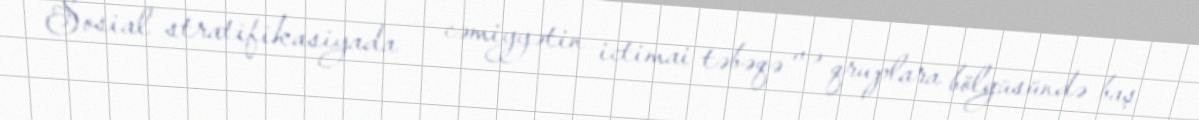
Sosial stratifikasiyada — cəmiyyətin ictimai təbəqə və qruplara bölgüsündə baş